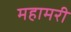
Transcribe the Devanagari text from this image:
महामरी